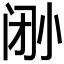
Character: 𫴼